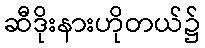
ဆီဒိုးနားဟိုတယ်၌